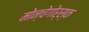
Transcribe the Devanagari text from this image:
मोन्चेगोर्स्क